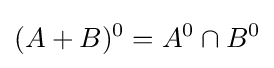
(A+B)^{0}=A^{0}\cap B^{0}